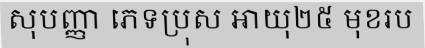
សុបញ្ញា ភេទប្រុស អាយុ២៥ មុខរប